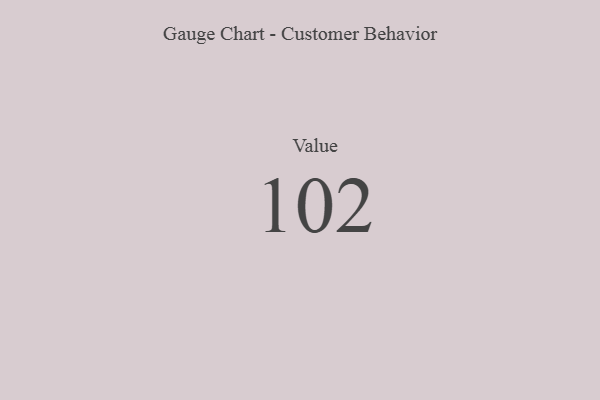
{"axis": {"x": "Metric", "y": "Value"}, "legend": [""], "data": [{"x": "Value", "y": 102, "type": ""}]}